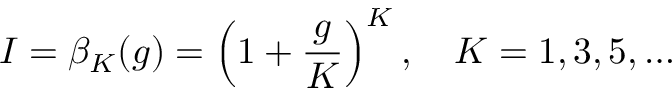
I = \beta _ { K } ( g ) = \left( 1 + \frac { g } { K } \right) ^ { K } , \quad K = 1 , 3 , 5 , \ldots